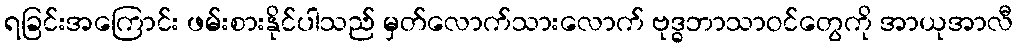
ရခြင်းအကြောင်း ဖမ်းစားနိုင်ပါသည် မှတ်လောက်သားလောက် ဗုဒ္ဓဘာသာဝင်တွေကို အာယုအာလီ